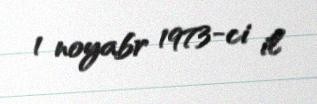
1 noyabr 1973-ci il